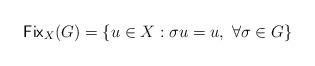
LaTeX: \begin{align*}{\sf Fix}_X(G) = \{u \in X : \sigma u = u, \ \forall \sigma \in G\}\end{align*}